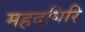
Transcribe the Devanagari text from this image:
महदगिरि